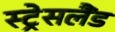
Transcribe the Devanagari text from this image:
स्ट्रेसलैंड